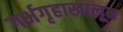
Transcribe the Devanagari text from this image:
गर्भगृहाखालून